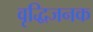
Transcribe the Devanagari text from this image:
वृद्धिजनक